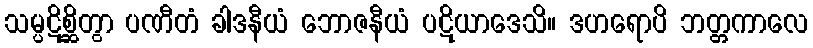
သမ္ပဋိစ္ဆိတွာ ပဏီတံ ခါဒနီယံ ဘောဇနီယံ ပဋိယာဒေသိ။ ဒဟရောပိ ဘတ္တကာလေ